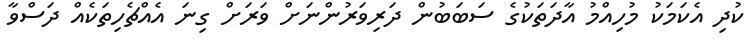
ކުދި އެކަމަކު މުހިއްމު އާދަތަކުގެ ސަބަބުން ދަރިވަރުންނަށް ވަރަށް ގިނަ އެއްޗެހިތަކެއް ދަސްވާ